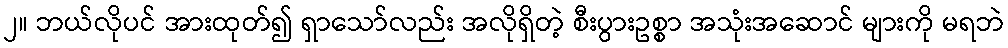
၂။ ဘယ်လိုပင် အားထုတ်၍ ရှာသော်လည်း အလိုရှိတဲ့ စီးပွားဥစ္စာ အသုံးအဆောင် များကို မရဘဲ